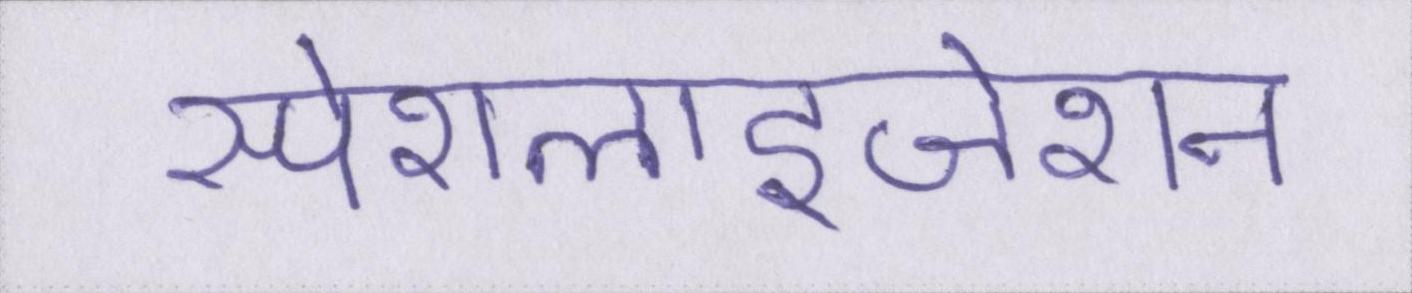
स्पेशलाइजेशन